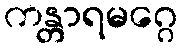
ကန္တာရမဂ္ဂေ